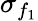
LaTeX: \sigma_{f_{1}}